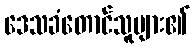
ဒေသခံတောင်သူများ၏